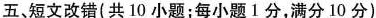
五、短文改错(共 10 小题;每小题1 分,满分10 分)